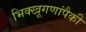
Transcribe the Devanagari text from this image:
भिक्खूगणांपैकी